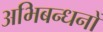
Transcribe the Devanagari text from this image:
अभिबन्धनों